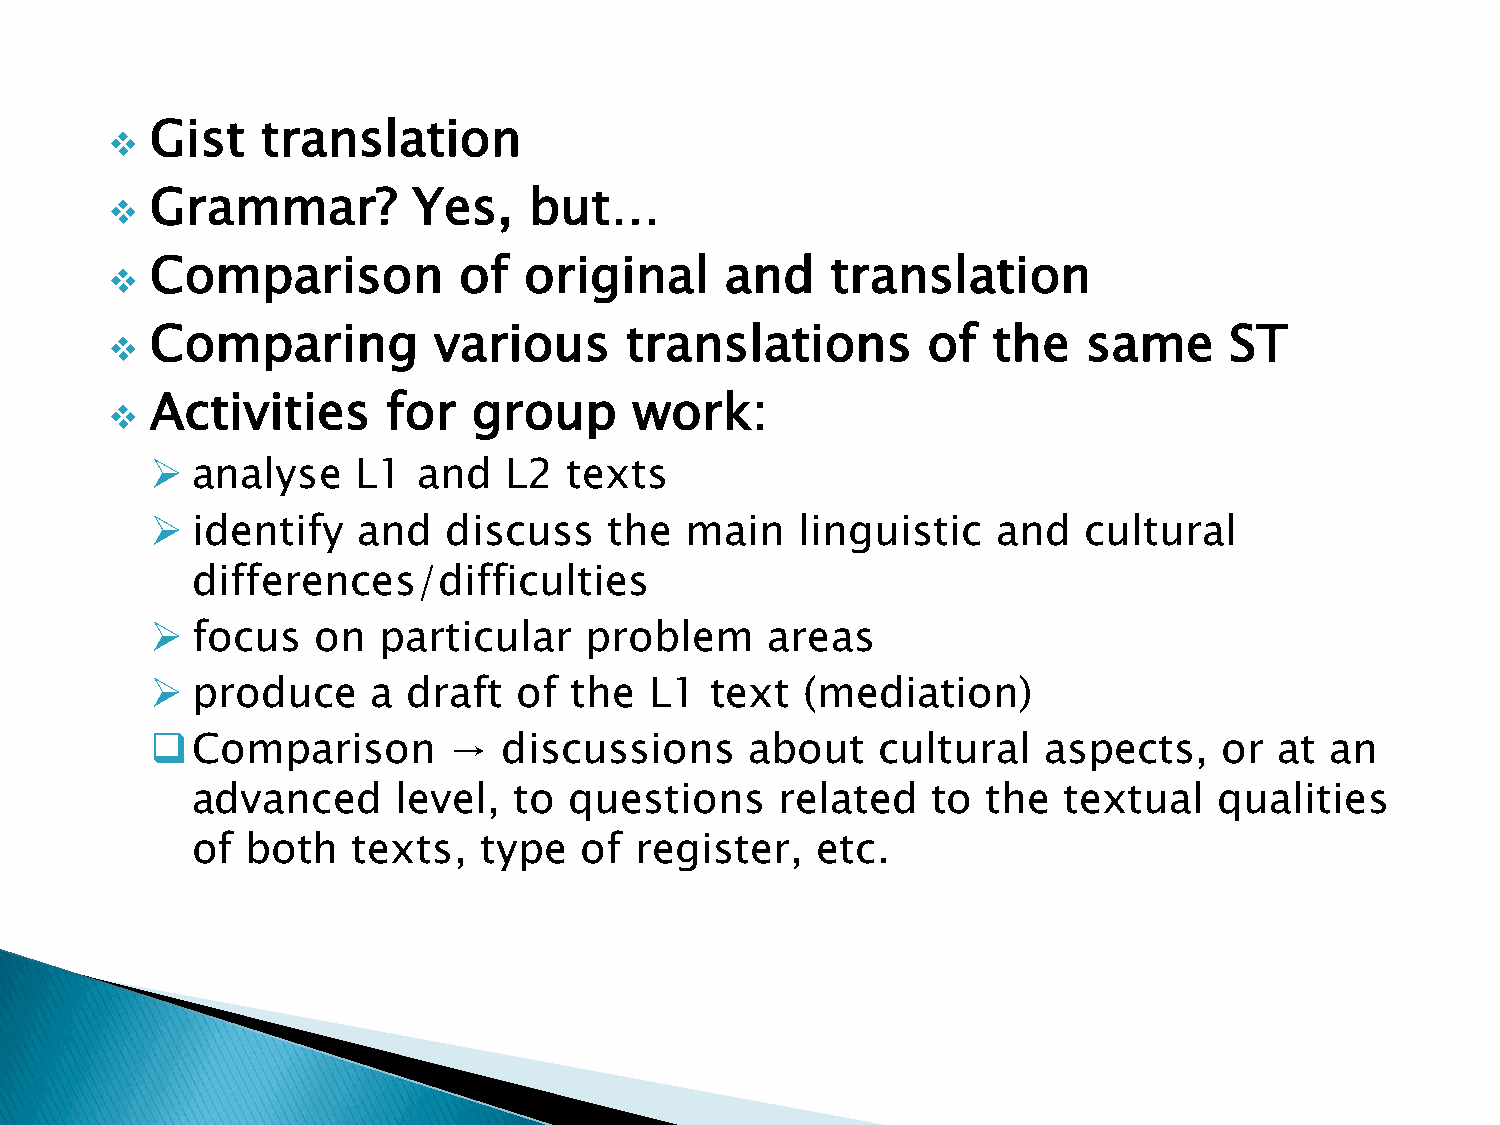
Gist   translation
 ❖
 Grammar?         Yes,    but…
 ❖
 Comparison          of   original     and    translation
 ❖
 Comparing          various     translations        of   the   same     ST
 ❖
 Activities      for  group      work:
 ❖
 ➢  analyse    L1  and  L2   texts
 ➢  identify   and  discuss    the  main    linguistic   and   cultural
 differences/difficulties
 ➢  focus   on  particular    problem     areas
 ➢  produce     a draft  of  the  L1  text  (mediation)
 ❑Comparison         →  discussions      about   cultural   aspects,    or  at an
 advanced     level,  to  questions     related   to the  textual    qualities
 of both   texts,   type  of  register,   etc.